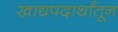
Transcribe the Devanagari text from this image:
खाद्यपदार्थांतून